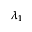
\lambda _ { 1 }